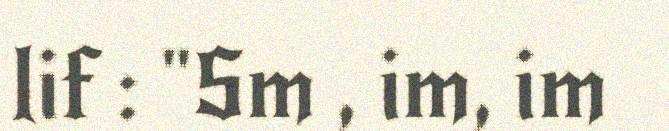
lif : "Sm , im, im